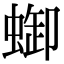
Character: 𧌋